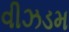
વીઝડમ